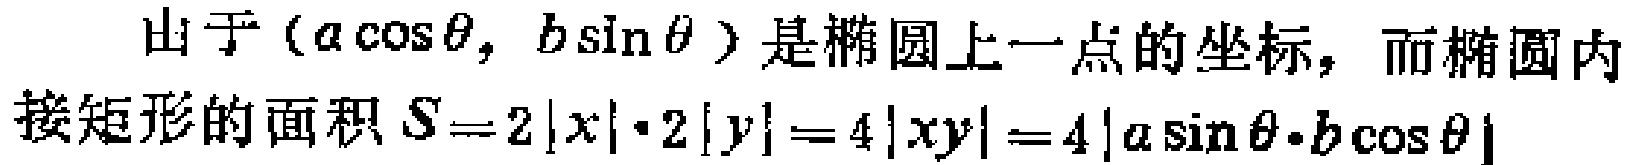
由于\((a\cos\theta, b\sin\theta)\)是椭圆上一点的坐标，而椭圆内接矩形的面积\(S = 2|x|\cdot2|y| = 4|xy| = 4|a\sin\theta\cdot b\cos\theta|\)